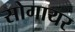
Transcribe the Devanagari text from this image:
सोगायर